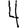
Digit: 4